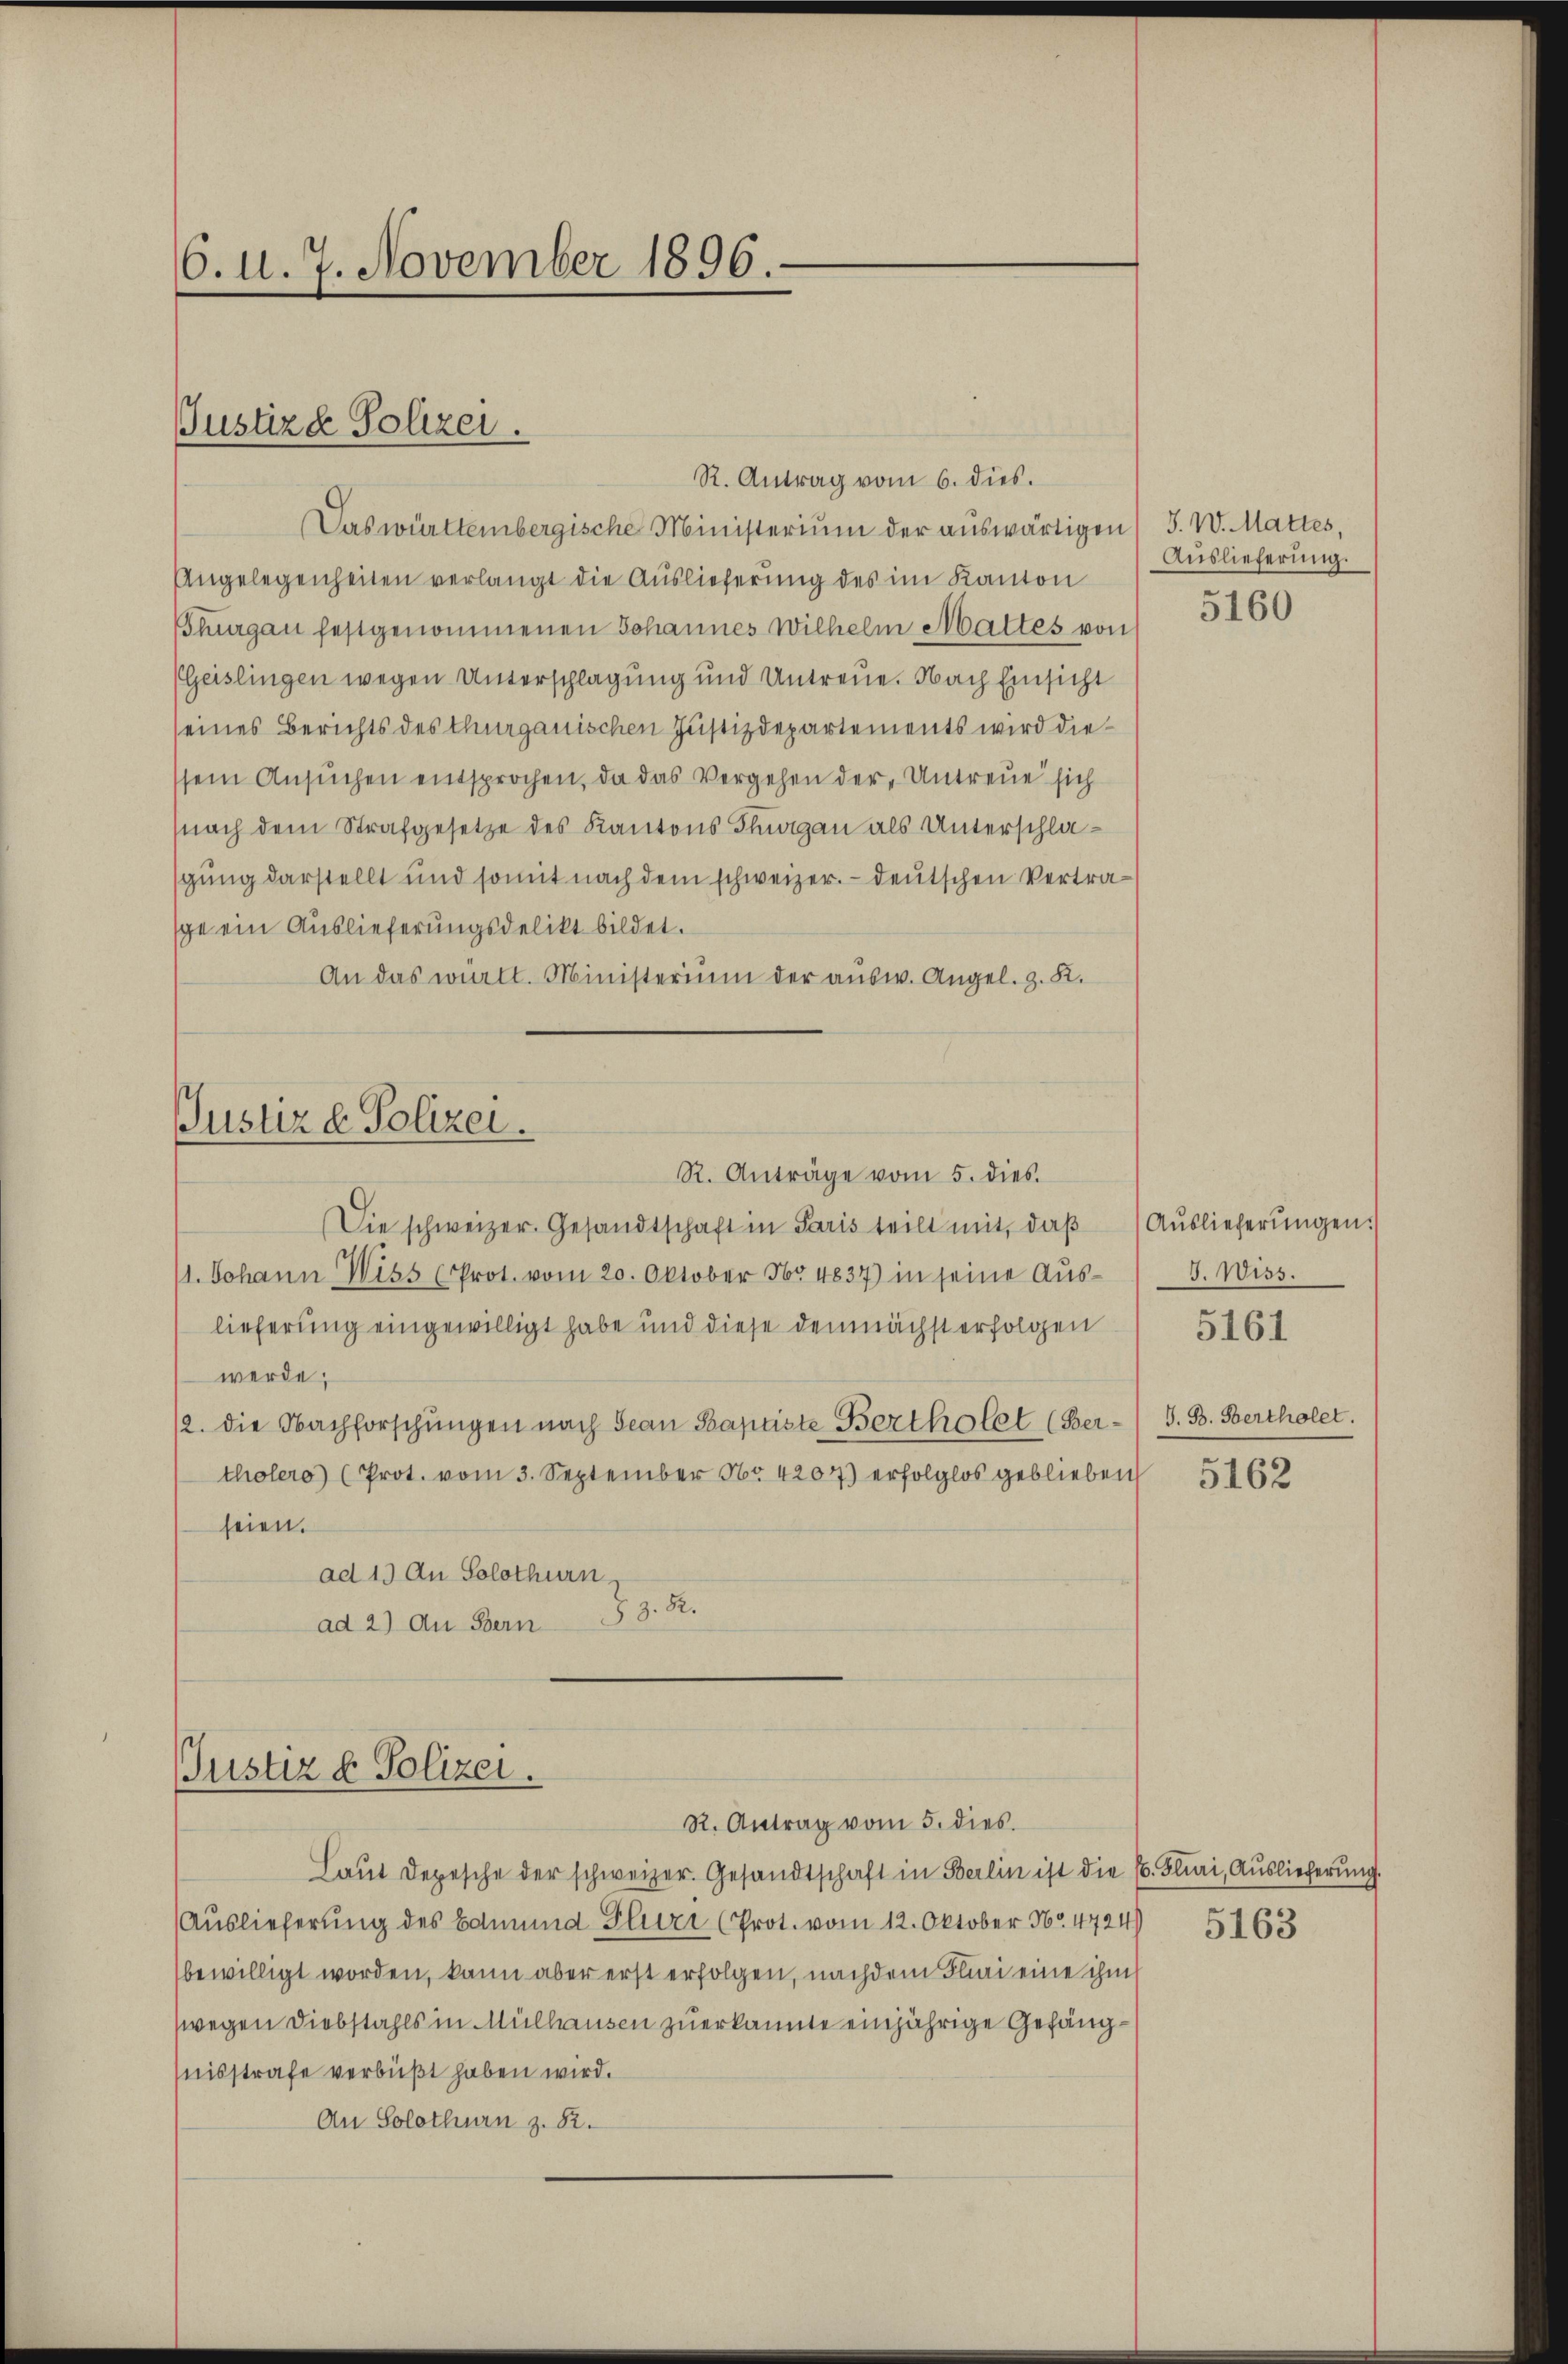
6. d. 7. November 1896.

Justizd Polizei.

R. Antrag vom 6. dies.
Das württembergische Ministerium der auswärtigen 5. W. Mattes,
Angelegenheiten verlangt die Auslieferung des im Kanton
Thurgau festgenommenen Johannes Wilhelm Mattes von
(Geislingen wegen Unterschlagung und Untreue. Nach Einsicht
seines Berichts des Thurgauischen Justizdepartements wird diessein Ansŭchen entsprochen, da das Vergehen der Untreue sich
(nach dem Strafgesetze des Kantons Thurgau als Unterschlasgung darstellt und somit nach dem schweizer. - deutschen Vertraspe ein Auslieferungsdelikt bildet.
An das wirkt. Ministerium der ausw. Angel. z. K.

Die schweizer. Gesandtschaft in Paris teilt mit, daß
11. Johann Wiss (Prot. vom 20. Oktober 154837) in seine Auslieferung eingewilligt habe und diese demnächst erfolgen
werde;
12. die Nachforschungen nach Jean Baptiste Bertholet (Ber- J. B. Bertholet.
tholero) (Prot. vom 3. September Nr. 4207) erfolglos geblieben
seien.
ad 1. An Solothurn,
ad 2) An Bern 3. 82.

Justiz & Polizei.
R. Anträge vom 5. dies.

Justiz & Polizei.

Auslieferung.
5160

R. Antrag vom 5. dies
Laut Depesche der schweizer. Gesandtschaft in Berlin ist die E. Flini, Auslieferung.
Auslieferung des Edmund Plurr (Prot. vom 12. Oktober No 4724)
bewilligt worden, kann aber erst erfolgen, nachdem Flini eine ihm
zwegen Diebstahls in Mülhausen zuerkannte einjährige Gefängnisstrafe verbüßt haben wird.
An Solothurn z. 82.

Auslieferungen.
J. Wiss.
5162

5161

5163